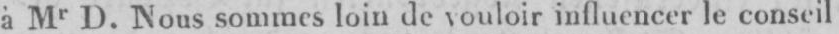
à Mr D. Nous sommes loin de vouloir influencer le conseil